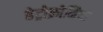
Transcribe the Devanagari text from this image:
हेट्रोक्रोमिया